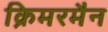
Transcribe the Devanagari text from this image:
क्रिमरमैन